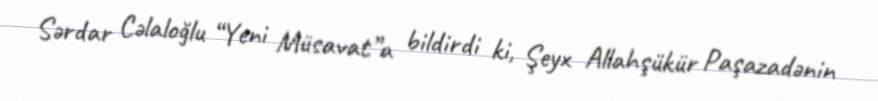
Sərdar Cəlaloğlu “Yeni Müsavat”a bildirdi ki, Şeyx Allahşükür Paşazadənin